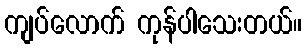
ကျပ်လောက် ကုန်ပါသေးတယ်။